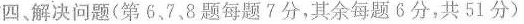
四、解决问题(第6.7.8题每题7分，其余每题6分，共51分)